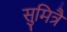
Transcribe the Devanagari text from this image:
सुमित्रै